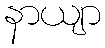
နာယျာ